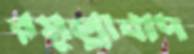
রসুল্লাবাদ